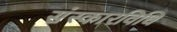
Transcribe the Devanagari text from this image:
संस्कारविधि